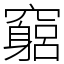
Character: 竆